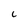
Character: c